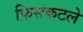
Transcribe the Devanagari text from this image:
फ़िसकटले